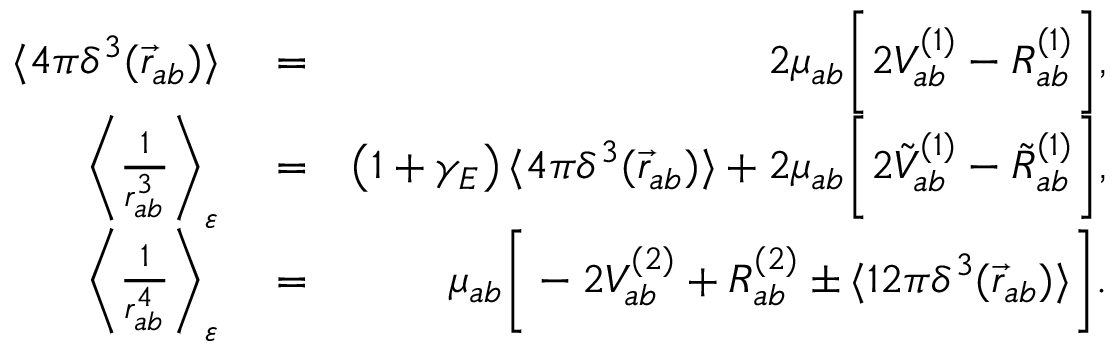
\begin{array} { r l r } { \langle 4 \pi \delta ^ { 3 } ( \vec { r } _ { a b } ) \rangle } & { { } = } & { 2 \mu _ { a b } \bigg [ 2 V _ { a b } ^ { ( 1 ) } - R _ { a b } ^ { ( 1 ) } \bigg ] , } \\ { \bigg \langle \frac { 1 } { r _ { a b } ^ { 3 } } \bigg \rangle _ { \varepsilon } } & { { } = } & { \left( 1 + \gamma _ { E } \right) \langle 4 \pi \delta ^ { 3 } ( \vec { r } _ { a b } ) \rangle + 2 \mu _ { a b } \bigg [ 2 \tilde { V } _ { a b } ^ { ( 1 ) } - \tilde { R } _ { a b } ^ { ( 1 ) } \bigg ] , } \\ { \bigg \langle \frac { 1 } { r _ { a b } ^ { 4 } } \bigg \rangle _ { \varepsilon } } & { { } = } & { \mu _ { a b } \bigg [ - 2 { V } _ { a b } ^ { ( 2 ) } + { R } _ { a b } ^ { ( 2 ) } \pm \langle 1 2 \pi \delta ^ { 3 } ( \vec { r } _ { a b } ) \rangle \bigg ] . } \end{array}